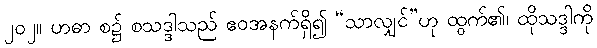
၂၀၂။ ဟဓာ စ၌ စသဒ္ဒါသည် ဧဝအနက်ရှိ၍ “သာလျှင်”ဟု ထွက်၏၊ ထိုသဒ္ဒါကို